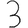
Digit: 3